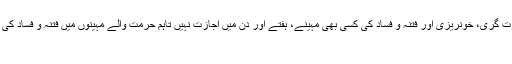
ویسے تو جنگ و جدل، قتل و غارت گری، خونریزی اور فتنہ و فساد کی کسی بھی مہینے، ہفتے اور دن میں اجازت نہیں تاہم حرمت والے مہینوں میں فتنہ و فساد کی ہرممکنہ شکل سے اجتناب کرنے
کا تاکیدی حکم ہے۔